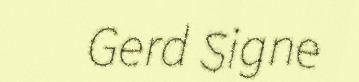
Gerd Signe